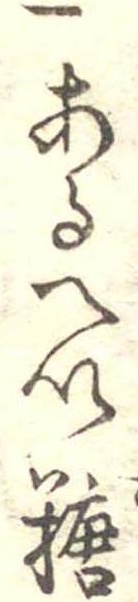
一あるへい糖